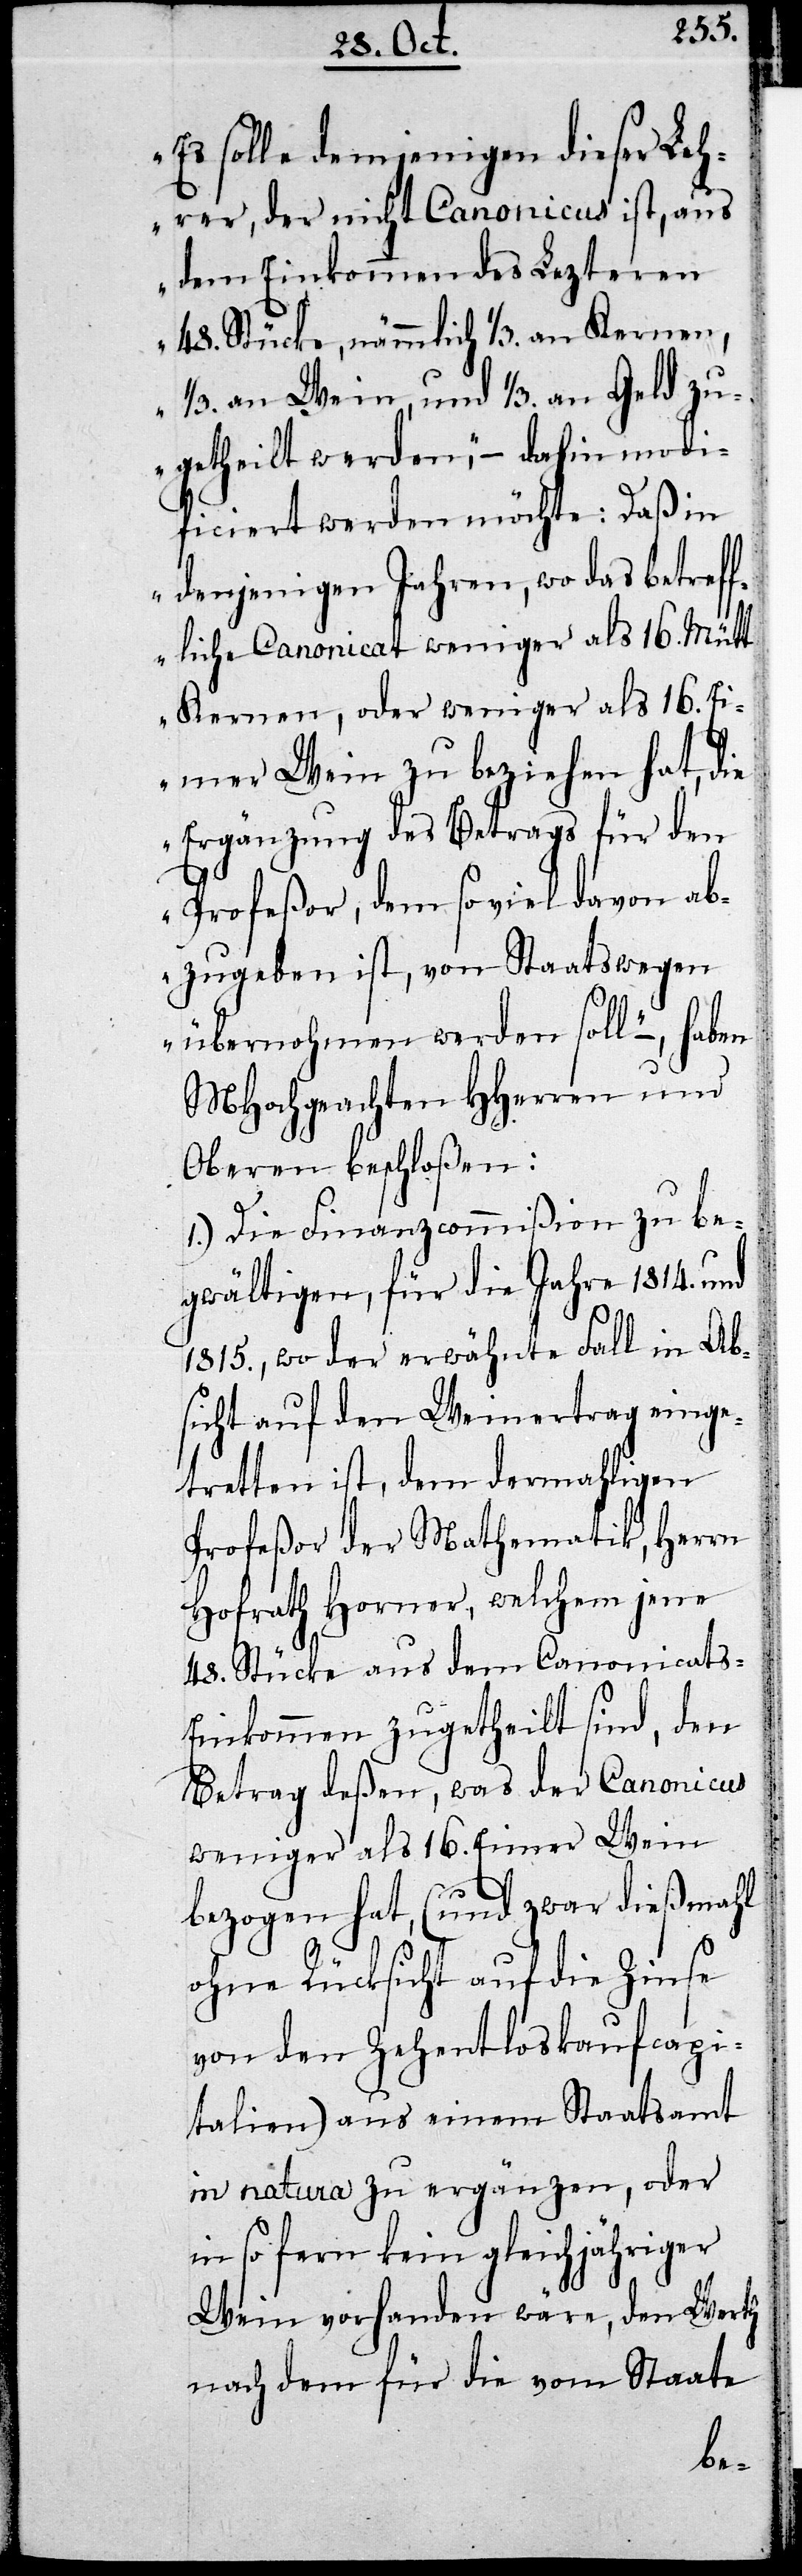
„Es solle demjenigen dieser Leh¬
rer, der nicht Canonicus ist, aus
dem Einkommen des Lezteren
48. Stücke, nämmlich 1/3. an Kernen,
1/3. an Wein, und 1/3. an Geld zu¬
getheilt werden“, – dahin modi¬
ficiert werden möchte: Daß in
„denjenigen Jahren, wo das betreff¬
liche Canonicat weniger als 16. Mütt
Kernen, oder weniger als 16. E¬
imer Wein zu beziehen hat, die
Ergänzung des Betrags für den
Profeßor, dem soviel davon ab¬
zugeben ist, von Staatswegen
übernohmen werden soll“ –, haben
MHochgeachten HHerren und
Oberen beschloßen:
1.) Die Finanzcommißion zu be¬
gwältigen, für die Jahre 1814. und
1815., wo der erwähnte Fall in Ab¬
sicht auf den Weinertrag einge¬
tretten ist, dem dermahligen
Profeßor der Mathematik, Herrn
Hofrath Horner, welchem jene
48. Stücke aus dem Canonicats-E¬
inkommen zugetheilt sind, den
Betrag deßen, was der Canonicus
weniger als 16. Eimer Wein
bezogen hat, (und zwar dießmahl
ohne Rücksicht auf die Zinse
von den Zehentloskaufcapi¬
talien) aus einem Staatsamt
in natura zu ergänzen, oder
in so fern kein gleichjähriger
Wein vorhanden wäre, den Werth
nach dem für die vom Staate